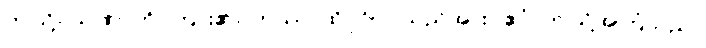
ဤသို့။ သုဏာတိ၊ ကြား၏။ တဿ၊ ထိုပုဂ္ဂိုလ်သည်အား။ ဧဝံ၊ ဤသို့အကြံသည်။